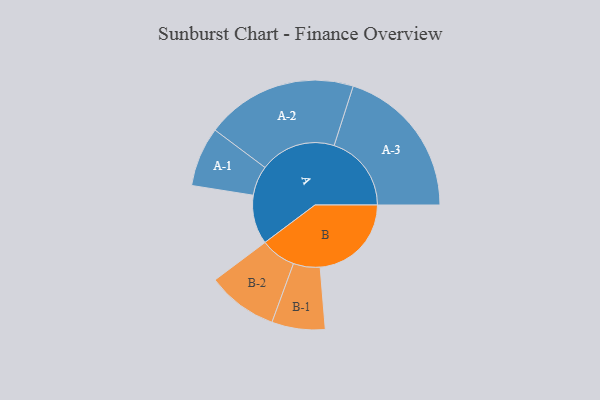
{"axis": {"x": "Segment", "y": "Value"}, "legend": ["", "A", "B"], "data": [{"x": "A", "y": 186, "type": ""}, {"x": "B", "y": 346, "type": ""}, {"x": "A-1", "y": 113, "type": "A"}, {"x": "A-2", "y": 288, "type": "A"}, {"x": "A-3", "y": 293, "type": "A"}, {"x": "B-1", "y": 101, "type": "B"}, {"x": "B-2", "y": 134, "type": "B"}]}